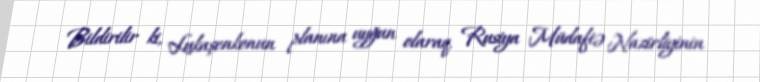
Bildirilir ki, Lukaşenkonun planına uyğun olaraq, Rusiya Müdafiə Nazirliyinin